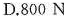
D.800 N